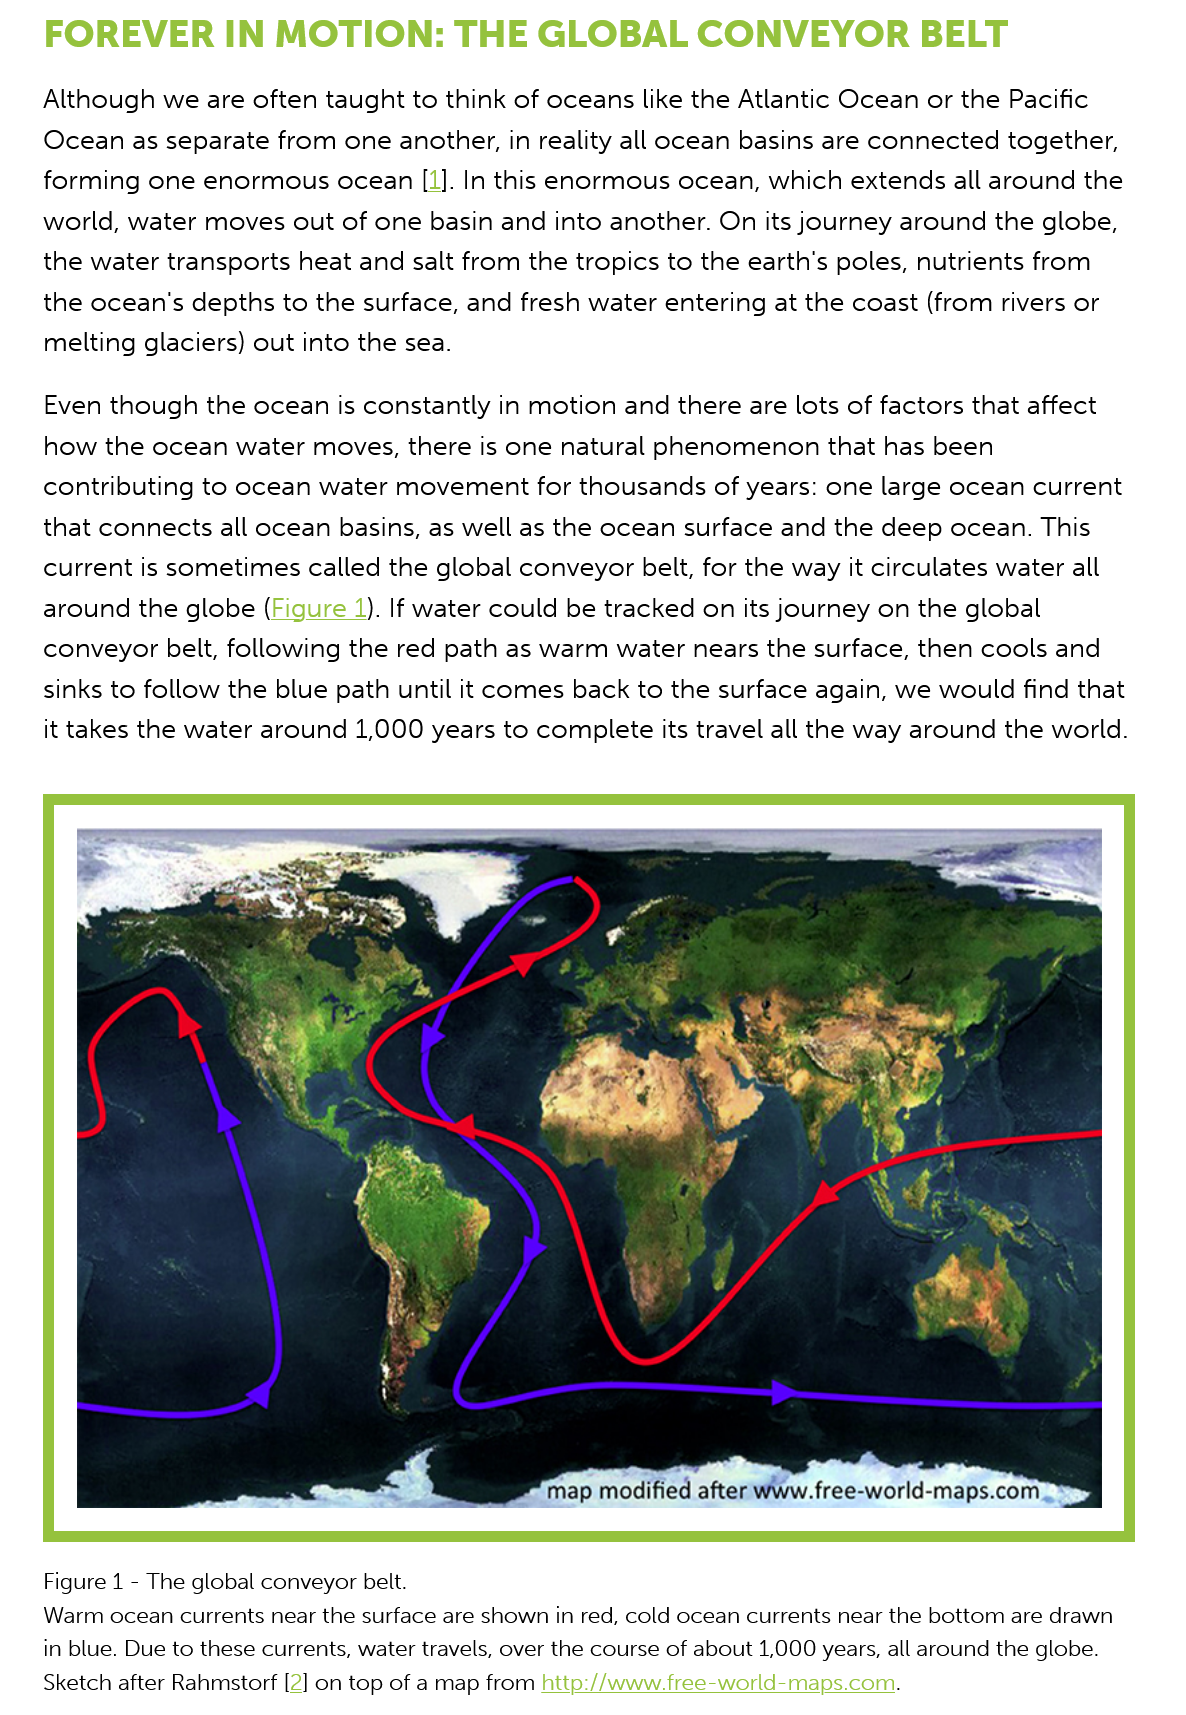
FOREVER    IN   MOTION:    THE    GLOBAL    CONVEYOR    BELT
    Although we are   often taught to think of oceans like the Atlantic Ocean or the Pacific
    Ocean as  separate  from one  another, in reality all ocean basins are connected together,
    forming  one  enormous ocean  [1]. In this enormous  ocean,  which  extends all around the
    world, water  moves  out of one  basin and into another. On its journey around  the globe,
    the water  transports heat and salt from the tropics to the earth's poles, nutrients from
    the ocean's  depths to the surface, and fresh water entering at the coast (from rivers or
    melting  glaciers) out into the sea.
    Even  though the  ocean is constantly in motion  and there are lots of factors that affect
    how  the ocean  water  moves,  there is one natural phenomenon  that   has been
    contributing to ocean  water  movement  for  thousands  of years: one large ocean  current
    that connects  all ocean basins, as well as the ocean surface and the deep  ocean. This
    current is sometimes  called the global conveyor belt, for the way it circulates water all
    around the  globe (Figure  1). If water could be tracked on its journey on the global
    conveyor belt, following  the red path as warm  water  nears the surface, then cools and
    sinks to follow the blue path until it comes back to the surface again, we would  find that
    it takes the water around 1,000  years to complete its travel all the way around the world.
    Warm  ocean currents near the surface are shown in red, cold ocean currents near the bottom are drawn
    in blue. Due to these currents, water travels, over the course of about 1,000 years, all around the globe.
    Sketch after Rahmstorf [2] on top of a map from http://www. free-world-maps.com.
    Figure 1
     -
     The global conveyor belt.

     map  modified after www.free-world-maps.com